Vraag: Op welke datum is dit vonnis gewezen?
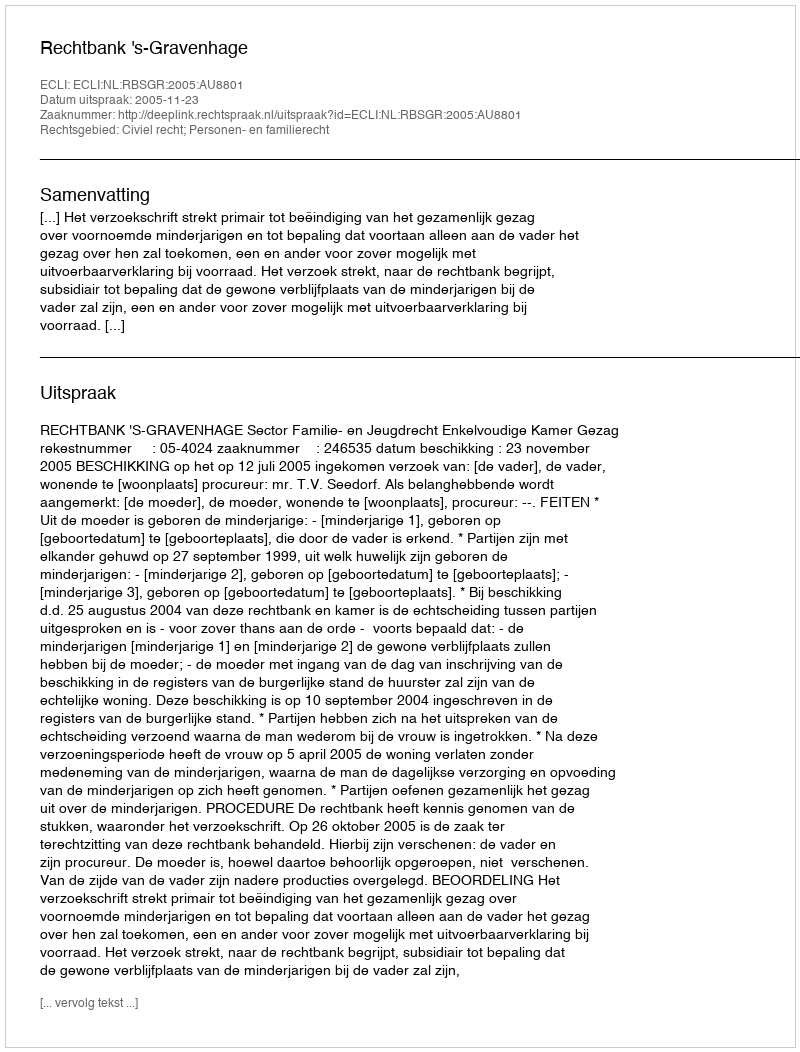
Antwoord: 2005-11-23